Vaccination in Bombay 1889-1901 - 1889-1901
Year: 1889
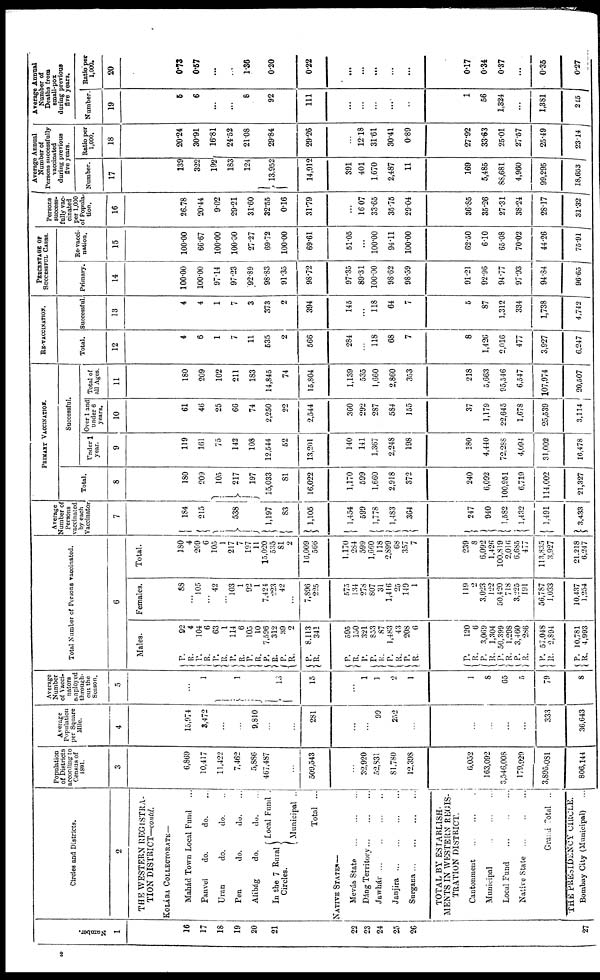
Namber.
1
16
17
18
19
20
21
22
23
24
25
26
27
Circles and Districts.
2
THE WESTERN REGISTRA-
TION DISTRICT—contd.
KOLÁBA COLLECTORATE—
Mahád Town Local Fund...
Panvel
do.
do. ...
Uran
do.
do. ...
Pen
do.
do. ...
Alibág
do.
do. ...
In the 7 Rural
Circles.
Local Fund .
Municipal ..
Total ...
NATIVE STATES—
Mevás State
Dáng Territory
Jawhár ...
Janjira
Surgana
TOTAL BY ESTABLISH-
MENTS IN WESTERN REGIS-
TRATION DISTRICT.
Cantonment
...
...
...
Municipal
...
...
...
Local Fund
...
...
...
Native State
...
...
...
Grand Total ..
THE PRESIDENCY CIRCLE.
Bombay City (Municipal) ...
Population
of Districts
according to
Census of
1891.
3
6,869
10,417
11,422
7,462
5,886
467,487
...
509,543
...
32,920
52,831
81,780
12,398
6,052
163,092
3,546,008
179,920
3,895,081
806,144
Average
Population
per Square
Mile.
4
15,974
3,472
...
...
9,810
...
...
281
...
...
99
252
...
...
...
...
...
333
36,643
Average
Number
of Vacci-
nators
employed
through-
out the
Season.
5
...
1
1
13
15
...
1
1
2
1
1
8
65
5
79
8
Total Number of Persons vaccinated.
6
Males.
P.
R.
P.
R.
P.
R.
P.
R.
P. R.
P.
R.
P.
R.
P.
R.
P.
R.
P.
P.
R.
P.
R.
P.
R.
P.
R.
P.
R.
P.
R.
P.
R.
P.
R.
P. R.
92
4
104
6
63
1
114
6
105
10
7,596
312
39
2
8,113
341
595
150
321
853
87
1,483
43
208
6
120
6
3,069
1,304
50,399
1,298
3,460
286
67,048
2,894
10,781
4,993
Females.
88
...
105
...
42
...
103
1
92
1
7,424
223
42
...
7,896
225
575
134
278
807
31
1,416
25
149
1
119
2
3,023
122
50,420
718
3,225
191
56,787
1,033
10,437
1,254
Total.
180
4
209
6
105
1
217
7
197
11
15,020
535
81
2
l6,009
566
1,.170
284
599
1,660
118
2,899
68
357
7
239
8
6,092
1,426
100,819
2,016
6,685
477
113,835
3,927
21,218
6,217
Average
Number of
Persons
vaccinated
by each
Vaccinator
7
184
215
538
1,197
83
1,105
1,454
599
1,778
1,483
364
247
940
1,582
1,432
1,491
3,433
PRIMARY VACCINATION.
Total.
8
180
209
105
217
197
15,033
81
16,022
1,170
599
1,660
2,918
372
240
6,092
100,951
6,719
114,002
21,327
Successful.
Under 1
year.
9
119
161
75
142
108
12,544
52
13,20l
140
141
1,367
2,248
198
180
4,440
72,288
4,094
31,002
16,478
Over 1 and
under 6
years.
10
61
46
25
66
74
2,250
22
2,544
360
292
287
584
155
37
1,179
22,645
1,678
25,539
3,114
Total of
all Ages.
11
180
209
102
211
183
14,845
74
15,804
1,139
535
1,660
2,860
353
218
5,663
95,546
6,547
107,974
20,507
RE-VACCINATION.
Total.
12
4
6
1
7
11
535
2
566
284
...
118
68
7
8
1,426
2,016
477
3,927
6,247
Successful
13
4
4
1
7
3
373
2
394
145
...
118
64
7
5
87
1,312
334
1,738
4,742
PERCENTAGE OF
SUCCESSFUL CASES.
Primary.
14
100.00
100.00
97.14
97.23
92.89
98.83
91.35
98.72
97.35
89.31
100.00
98.62
98.59
91.21
92.96
94.77
97.93
94.84
96.65
Re-vacci-
nation.
15
100.00
66.67
100.00
100.00
27.27
69.72
100.00
69.61
51.05
...
100.00
94.11
100.00
62.50
6.10
65.08
70.02
44.26
75.91
Persons
success-
fully vac-
cinated
per 1,000
of Popula-
tion.
16
26.78
20.44
9.02
29.21
31.60
32.55
0.16
31.79
...
16.07
33.65
35.75
29.04
36.85
35.26
27.31
38.24
28.17
31.32
Average Annual
Number of
Persons successfully
vaccinated
during previous
five years.
Number.
17
139
322
192
183
124
13,952
14,912
391
401
1,670
2,487
11
169
5,485
88.681
4,960
99,295
18,653
Ratio per
1,000.
18
20.24
30.91
16.81
24.52
21.08
29.84
29.26
...
12.18
31.61
30.41
0.89
27.92
33.63
25.01
27.57
25.49
23.14
Average Annual
Number of
Deaths from
small-pox
during previous
five years.
Number.
19
5
6
...
...
8
92
111
...
...
...
...
..
1
66
1,324
...
1,381
215
Ratio per
1,000.
20
0.73
0.57
...
...
1.36
0.20
0.22
...
...
...
...
...
0.17
0.34
0.37
...
0.35
0.27
2